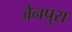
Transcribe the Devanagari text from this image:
जैनपुरा